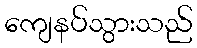
ကျေနပ်သွားသည်